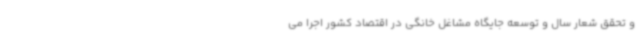
و تحقق شعار سال و توسعه جایگاه مشاغل خانگی در اقتصاد کشور اجرا می